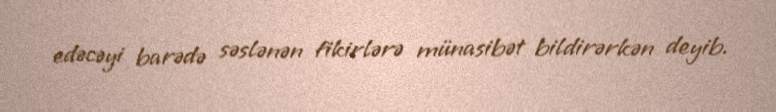
edəcəyi barədə səslənən fikirlərə münasibət bildirərkən deyib.